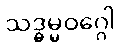
သဒ္ဓမ္မဝဂ္ဂေါ